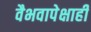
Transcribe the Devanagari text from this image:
वैभवापेक्षाही